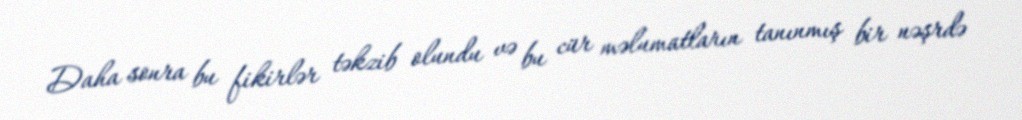
Daha sonra bu fikirlər təkzib olundu və bu cür məlumatların tanınmış bir nəşrdə